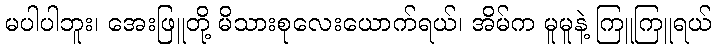
မပါပါဘူး၊ အေးဖြူတို့ မိသားစုလေးယောက်ရယ်၊ အိမ်က မူမူနဲ့ ကြူကြူရယ်